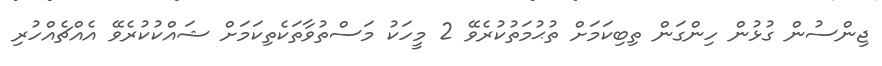
ޖިންސުން ގުޅުން ހިންގަން ތިބިކަމަށް ތުޙުމަތުކުރެވޭ 2 މީހަކު މަސްތުވާތަކެތިކަމަށް ޝައްކުކުރެވޭ އެއްޗެއްހުރި